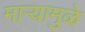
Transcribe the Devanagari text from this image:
माऱ्यामुळे